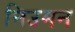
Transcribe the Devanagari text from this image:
निउमन